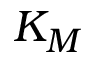
K _ { M }